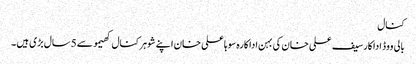
کنال
بالی ووڈ اداکارسیف علی خان کی بہن اداکارہ سوہاعلی خان اپنے شوہر کنال کھیمو سے 5سال بڑی ہیں ۔